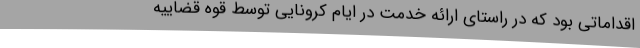
اقداماتی بود که در راستای ارائه خدمت در ایام کرونایی توسط قوه قضاییه